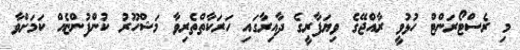
މި ރެސްޓޯރަންޓް ހުޅުވީ ރާއްޖޭގެ ވިޔަފާރީގެ ދާއިރާގައި ހަރަކާތްތެރިވާ މަޝްހޫރު ކުންފުންޏެއް ކަމަށްވާ